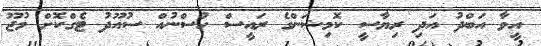
އީވާ އަބްދު އަދި ރިޔާސީ ކޮމިޝަންގެ ރައީސް ހުސްނުއް ސުއޫދު ޓެގްކޮށް މުޖޫ